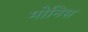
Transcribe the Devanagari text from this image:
मोनिस